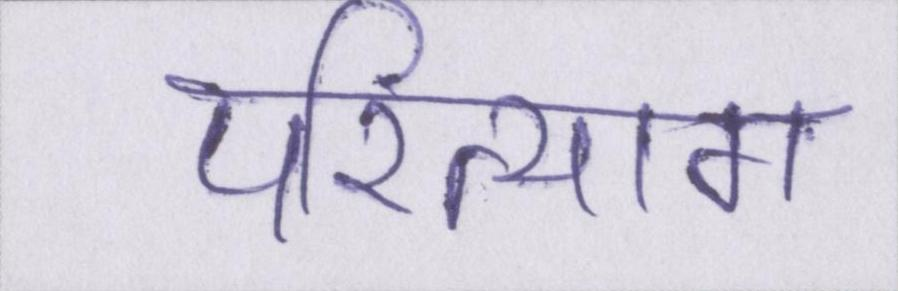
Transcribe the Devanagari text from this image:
परित्याग